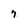
Character: 7